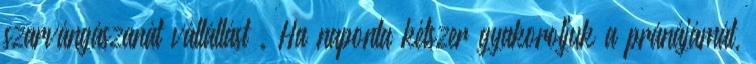
szarvángászanát vállállást . Ha naponta kétszer gyakoroljuk a pránájámát,